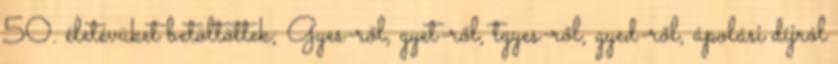
50. életévüket betöltöttek; Gyes-ről, gyet-ről, tgyes-ről, gyed-ről, ápolási díjról